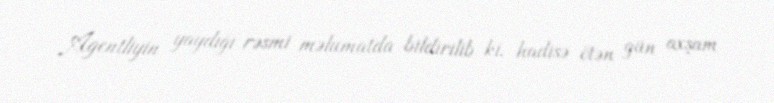
Agentliyin yaydığı rəsmi məlumatda bildirilib ki, hadisə ötən gün axşam